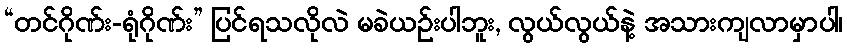
“တင်ဂိုဏ်း-ရုံဂိုဏ်း” ပြင်ရသလိုလဲ မခဲယဉ်းပါဘူး, လွယ်လွယ်နဲ့ အသားကျလာမှာပါ၊